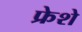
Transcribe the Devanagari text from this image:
फ्रेशे